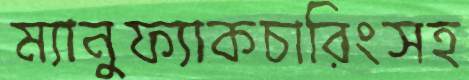
ম্যানুফ্যাকচারিংসহ